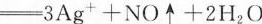
\xlongequal [ ] { } 3Ag^{+}+NO^+2H_{2}O